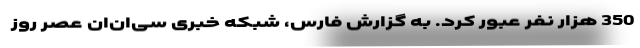
350 هزار نفر عبور کرد. به گزارش فارس، شبکه خبری سی‌ان‌ان عصر روز